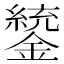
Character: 𨭑